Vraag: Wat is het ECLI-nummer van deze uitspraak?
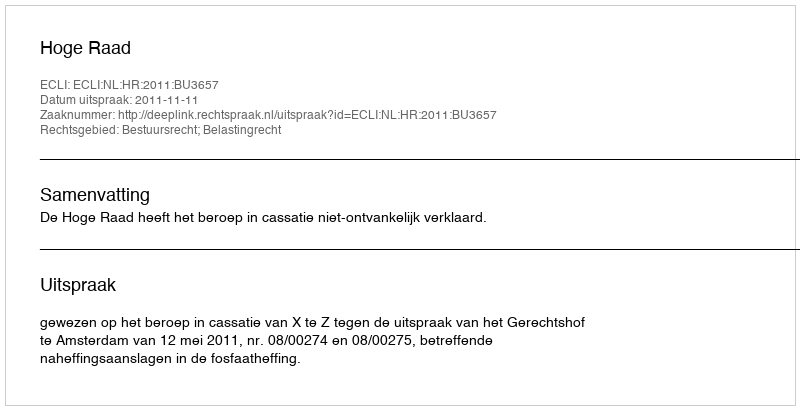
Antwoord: ECLI:NL:HR:2011:BU3657